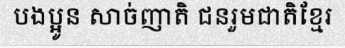
បងប្អូន សាច់ញាតិ ជនរួមជាតិខ្មែរ